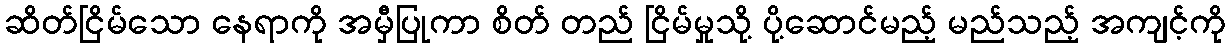
ဆိတ်ငြိမ်သော နေရာကို အမှီပြုကာ စိတ် တည် ငြိမ်မှုသို့ ပို့ဆောင်မည့် မည်သည့် အကျင့်ကို